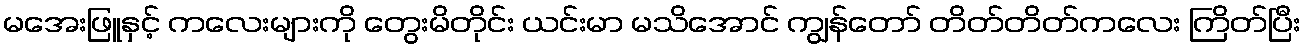
မအေးဖြူနှင့် ကလေးများကို တွေးမိတိုင်း ယင်းမာ မသိအောင် ကျွန်တော် တိတ်တိတ်ကလေး ကြိတ်ပြီး